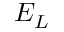
E _ { L }